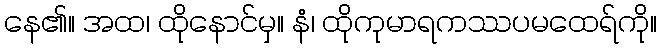
နေ၏။ အထ၊ ထိုနောင်မှ။ နံ၊ ထိုကုမာရကဿပမထေရ်ကို။